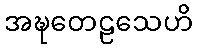
အဍ္ဎတေဠသေဟိ